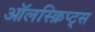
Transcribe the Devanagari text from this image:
ऑलस्क्रिप्ट्स